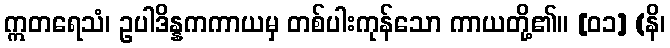
ဣတရေသံ၊ ဥပါဒိန္နကကာယမှ တစ်ပါးကုန်သော ကာယတို့၏။ [၀၁] (နိ၊